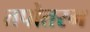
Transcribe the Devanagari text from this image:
तपोतरम